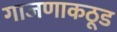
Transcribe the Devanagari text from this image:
गाजणाकठूड